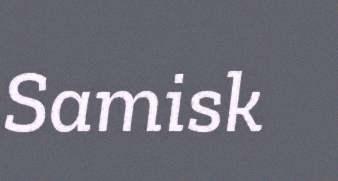
Samisk